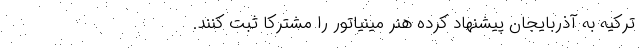
ترکیه به آذربایجان پیشنهاد کرده هنر مینیاتور را مشترکاً ثبت کنند.